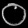
Digit: ၀